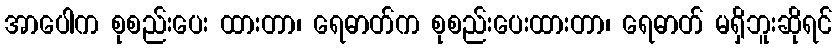
အာပေါက စုစည်းပေး ထားတာ၊ ရေဓာတ်က စုစည်းပေးထားတာ၊ ရေဓာတ် မရှိဘူးဆိုရင်